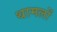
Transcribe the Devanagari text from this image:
थामलों